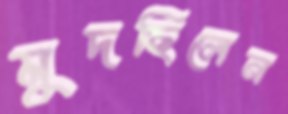
মুদছিলেন